Civil Veterinary Department Bihar reports 1936-40 - 1936-1940
Year: 1936
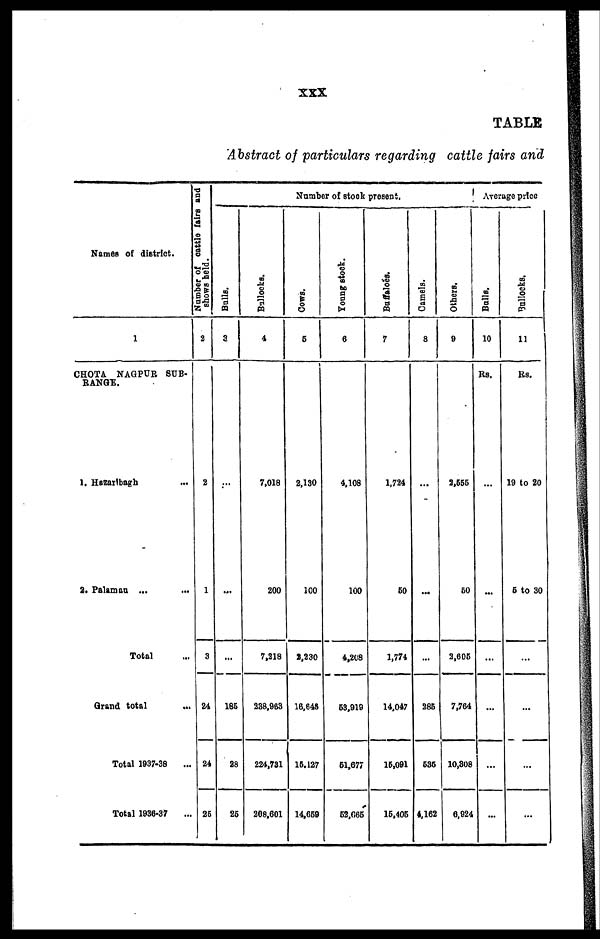
XXX
TABLE
Abstract of particulars regarding cattle fairs and
Names of district.
1
CHOTA NAGPUR SUB-
RANGE.
1. Hazarlbagh ...
2. Palaman ... ...
Total ...
Grand total ...
Total 1937-38 ...
Total 1936-37 ...
Number of cattle fairs and
shows held.
|
2
2
1
3
24
24
26
Number of stock present.
Balls.
3
...
...
...
186
28
26
Bullocks.
4
7,018
200
7,218
238,963
224,731
208,601
Cows.
6
2,130
1C0
1,230
16,648
16.127
14,669
Young stock.
6
4,108
100
4,208
53,919
61,677
52,665
Buffaloes.
7
1,724
60
1,774
14,047
16,091
16,406
Camels.
8
...
...
...
286
636
4,162
Others.
9
2,556
50
3,605
7,764
10,308
6,924
Average price
Balls.
10
Rs.
...
...
...
...
...
...
Bullocks.
11
Rs.
19 to 20
6 to 30
...
...
...
...